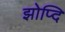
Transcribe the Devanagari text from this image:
झोप्दि